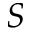
S